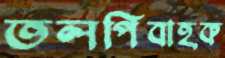
তলপিবাহক